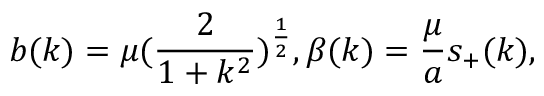
b ( k ) = \mu ( \frac { 2 } { 1 + k ^ { 2 } } ) ^ { \frac { 1 } { 2 } } , \beta ( k ) = \frac { \mu } { a } s _ { + } ( k ) ,